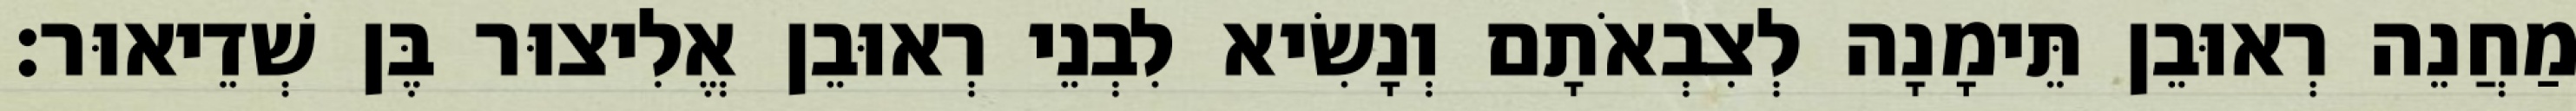
מַחֲנֵה רְאוּבֵן תֵּימָנָה לְצִבְאֹתָם וְנָשִׂיא לִבְנֵי רְאוּבֵן אֱלִיצוּר בֶּן שְׁדֵיאוּר׃